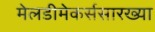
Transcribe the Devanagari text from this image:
मेलडीमेकर्ससारख्या